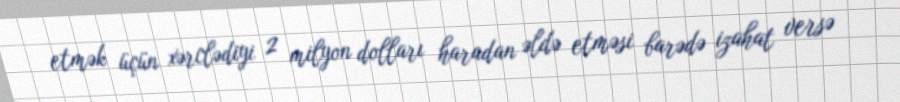
etmək üçün xərclədiyi 2 milyon dolları haradan əldə etməsi barədə izahat versə